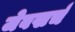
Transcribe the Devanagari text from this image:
जेबखर्च